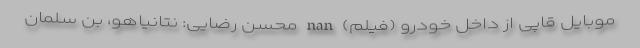
موبایل قاپی از داخل خودرو (فیلم) nan محسن رضایی: نتانیاهو، بن سلمان